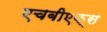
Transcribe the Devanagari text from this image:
एचबीएक्स